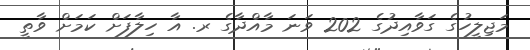
މަޖިލީހުގެ ގަވާއިދުގެ 202 ވަނަ މާއްދާގެ ރ. އާ ހިލާފަށް ކަމަށް ވާތީ